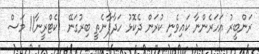
ރަންބީރު އަހަރެންނާ ކައިވެނި ކުރަން ދެކޮޅު ހަދާފާނެތީ ބިރުގަނޭ  ކެޓްރީނާ11 މަސް